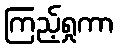
ကြည့်ရှုကာ